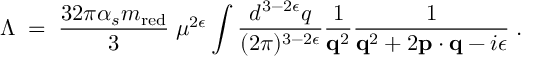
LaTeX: \Lambda \; = \; { \frac { 3 2 \pi \alpha _ { s } m _ { \mathrm { r e d } } } { 3 } } \; \mu ^ { 2 \epsilon } \int { \frac { d ^ { 3 - 2 \epsilon } q } { ( 2 \pi ) ^ { 3 - 2 \epsilon } } } { \frac { 1 } { { \bf q } ^ { 2 } } } { \frac { 1 } { { \bf q } ^ { 2 } + 2 { \bf p } \cdot { \bf q } - i \epsilon } } \; .